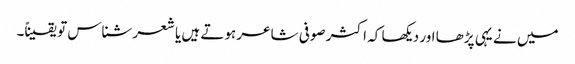
میں نے یہی پڑھا اور دیکھا کہ اکثر صوفی شاعر ہوتے ہیں یا شعر شناس تو یقیناً۔